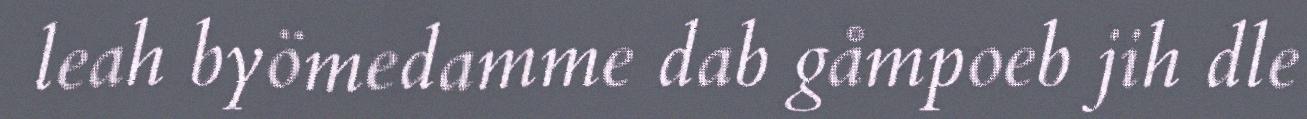
leah byömedamme dab gåmpoeb jih dle